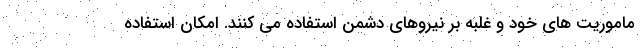
ماموریت های خود و غلبه بر نیروهای دشمن استفاده می کنند. امکان استفاده